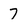
Character: 7